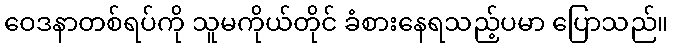
ဝေဒနာတစ်ရပ်ကို သူမကိုယ်တိုင် ခံစားနေရသည့်ပမာ ပြောသည်။